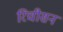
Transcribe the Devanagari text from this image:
रिचीसन